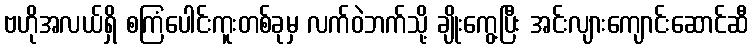
ဗဟိုအလယ်ရှိ စကြံပေါင်းကူးတစ်ခုမှ လက်ဝဲဘက်သို့ ချိုးကွေ့ပြီး အင်းလျားကျောင်းဆောင်ဆီ